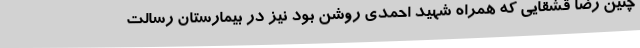
چنین رضا قشقایی که همراه شهید احمدی روشن بود نیز در بیمارستان رسالت